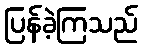
ပြန်ခဲ့ကြသည်